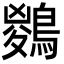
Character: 𪃊